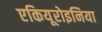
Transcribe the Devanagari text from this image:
एकियूरोइनिया